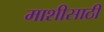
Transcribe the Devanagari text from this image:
माशीसाठी